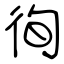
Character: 徇